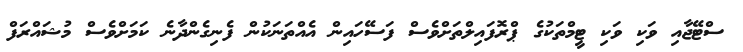
ސްޓޭޖާއި ވަކި ވަކި ޓީމްތަކުގެ ޕްރޮފައިލްތަށްވެސް ފަސޭހައިން އެއްތަނަކުން ފެނިގެންދާނެ ކަމަށްވެސް މުޝައްރަފް